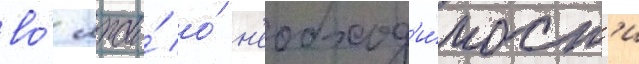
во́ лжи́ о́ н'еобход'и́мост'и